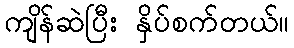
ကျိန်ဆဲပြီး နှိပ်စက်တယ်။